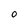
Character: O